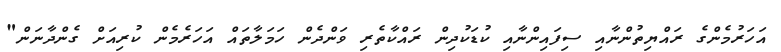
އަހަރުމެންގެ ރައްޔިތުންނާއި ސިފައިންނާއި ކުޑަކުދިން ރައްކާތެރި ވަންދެން ހަމަލާތައް އަހަރެމެން ކުރިއަށް ގެންދާނަން"